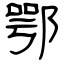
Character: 鄂